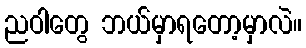
ညဝါတွေ ဘယ်မှာရတော့မှာလဲ။